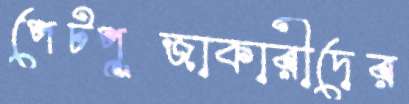
পেটপূজাকারীদের